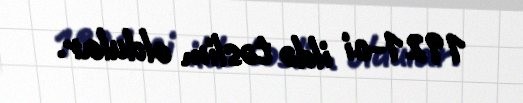
1921-ci ildə təslim oldular.